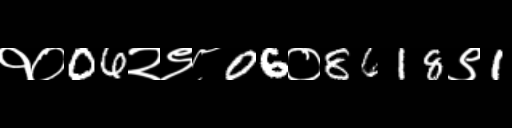
Text: १०06२९८06०8618९1